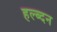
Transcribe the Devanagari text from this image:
हल्ब्दन